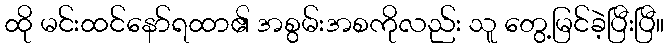
ထို မင်းထင်နော်ရထာ၏ အစွမ်းအစကိုလည်း သူ တွေ့မြင်ခဲ့ပြီးပြီ။